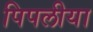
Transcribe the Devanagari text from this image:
पिपलीया